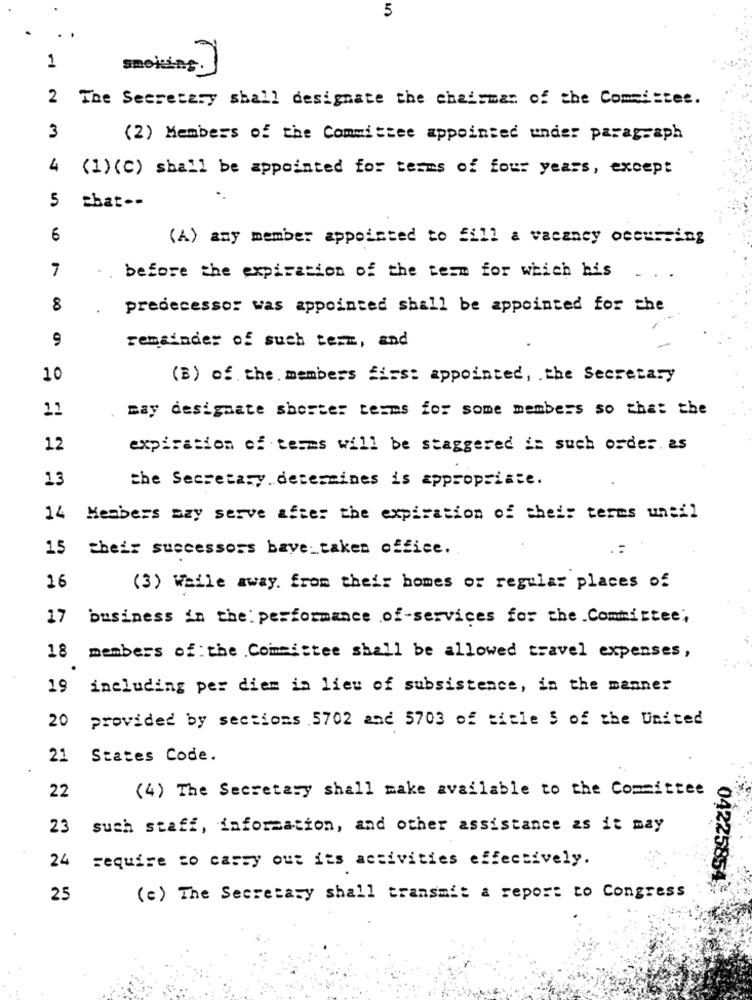
5
1
smoking.]
2 The Secretary shall designate the chairman of the Committee.
3
(2) Members of the Committee appointed under paragraph
4
(1)(C) shall be appointed for terms of four years, except
5
that --
6
(A) any member appointed to fill a vacancy occurring
7
-
before the expiration of the term for which his
.. .
8
predecessor was appointed shall be appointed for the
9
-
remainder of such term, and
10
(B) of the members firs: appointed, the Secretary
11
may designate shorter terms for some members so that the
12
expiration of terms will be staggered in such order as
13
the Secretary.determines is appropriate.
14
Members szy serve after the expiration of their terms uneil
15
their successors bave taken office.
.:
16
(3) Weile away. from their homes or regular places of
17 business in the performance of-services for the Committee,
18 members of: the Committee shall be allowed travel expenses,
19
including per diem in lieu of subsistence, in the manner
provided by sections 5702 and 5703 of title 5 of the United
20
21
States Code.
(4) The Secretary shall make available to the Committee
22
23
such staff, information, and other assistance as it may
sequire co cassy out its activities effectively.
24
04225854
25
(c) The Secretary shall transmit a report to Congress